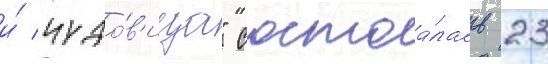
и́ чудо́в'ища" состоа́лась 23